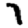
Digit: 7